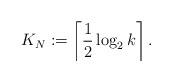
LaTeX: \begin{align*}K_N:=\left\lceil \frac{1}{2}\log_2 k \right\rceil.\end{align*}